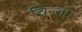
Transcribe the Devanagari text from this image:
चिन्ता।